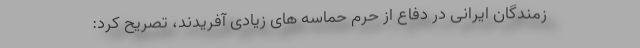
زمندگان ایرانی در دفاع از حرم حماسه های زیادی آفریدند، تصریح کرد: